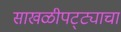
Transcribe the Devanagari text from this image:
साखळीपट्ट्याचा